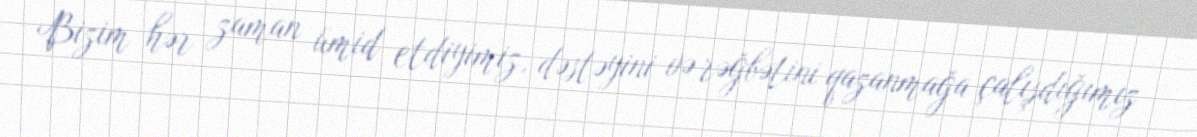
Bizim hər zaman ümid etdiyimiz, dəstəyini və rəğbətini qazanmağa çalışdığımız